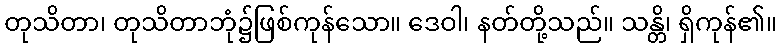
တုသိတာ၊ တုသိတာဘုံ၌ဖြစ်ကုန်သော။ ဒေဝါ၊ နတ်တို့သည်။ သန္တိ၊ ရှိကုန်၏။